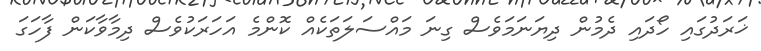
ޚަރަދުގައި ހޯދައި ދެމުން ދިޔަނަމަވެސް ގިނަ މައްސަލަތަކެއް ކޮންމެ އަހަރަކުވެސް ދިމާވާކަން ފާހަގަ